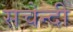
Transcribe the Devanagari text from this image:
सचेन्दी